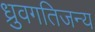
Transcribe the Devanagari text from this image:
ध्रुवगतिजन्य